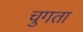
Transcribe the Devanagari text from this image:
चुगता